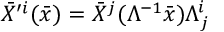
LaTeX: \bar { X } ^ { \prime i } ( \bar { x } ) = \bar { X } ^ { j } ( \Lambda ^ { - 1 } \bar { x } ) \Lambda _ { j } ^ { i }